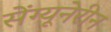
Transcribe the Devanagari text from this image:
सेंग्यूनेरीन